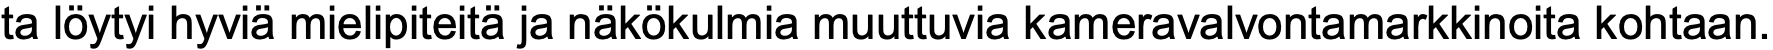
ta löytyi hyviä mielipiteitä ja näkökulmia muuttuvia kameravalvontamarkkinoita kohtaan.